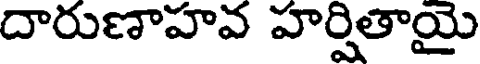
దారుణాహవ హర్షితాయై